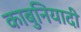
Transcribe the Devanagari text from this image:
काबुनियादी